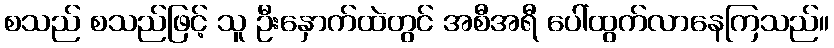
စသည် စသည်ဖြင့် သူ ဦးနှောက်ထဲတွင် အစီအရီ ပေါ်ထွက်လာနေကြသည်။